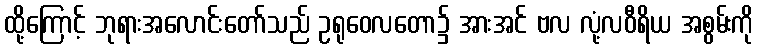
ထို့ကြောင့် ဘုရားအလောင်းတော်သည် ဥရုဝေလတော၌ အားအင် ဗလ လုံ့လဝီရိယ အစွမ်းကို